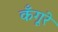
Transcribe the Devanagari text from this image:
कँगूरे